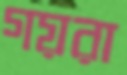
গয়রা